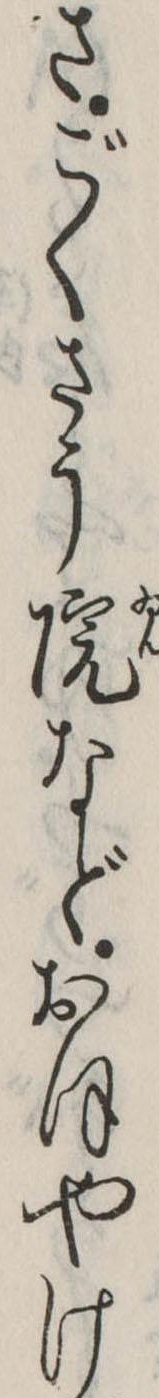
さごくさう院などおほやけ